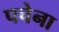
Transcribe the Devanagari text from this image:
पचेना